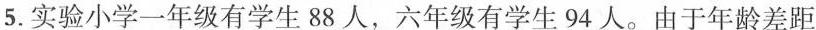
5.实验小学一年级有学生88人，六年级有学生94人。由于年龄差距